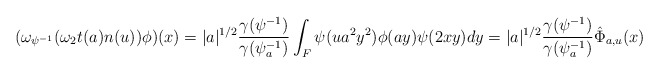
\begin{align*}(\omega_{\psi^{-1}}(\omega_2t(a)n(u))\phi)(x)=|a|^{1/2}\frac{\gamma(\psi^{-1})}{\gamma(\psi^{-1}_a)}\int_F\psi(ua^2y^2)\phi(ay)\psi(2xy)dy=|a|^{1/2}\frac{\gamma(\psi^{-1})}{\gamma(\psi^{-1}_a)}\hat{\Phi}_{a,u}(x)\end{align*}